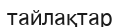
тайлақтар